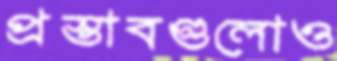
প্রস্তাবগুলোও